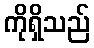
ကိုရှိသည်